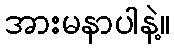
အားမနာပါနဲ့။